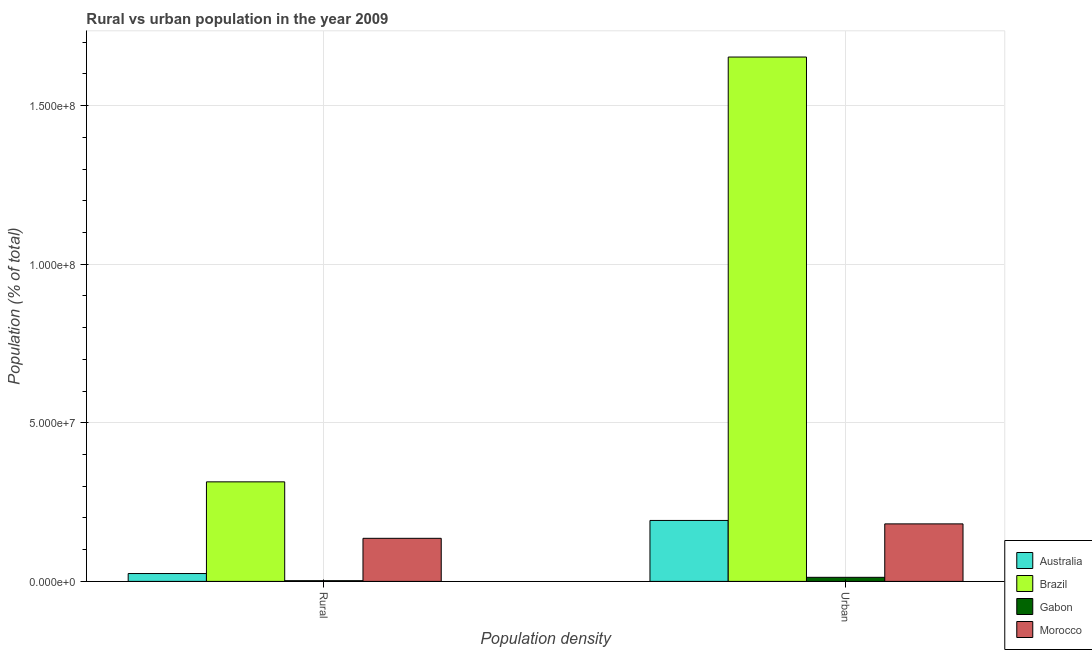
| Population density | Australia | Brazil | Gabon | Morocco |
 | --- | --- | --- | --- | --- |
 | Rural | 2.48e+06 | 3.14e+07 | 2.21e+05 | 1.36e+07 |
 | Urban | 1.92e+07 | 1.65e+08 | 1.29e+06 | 1.81e+07 |